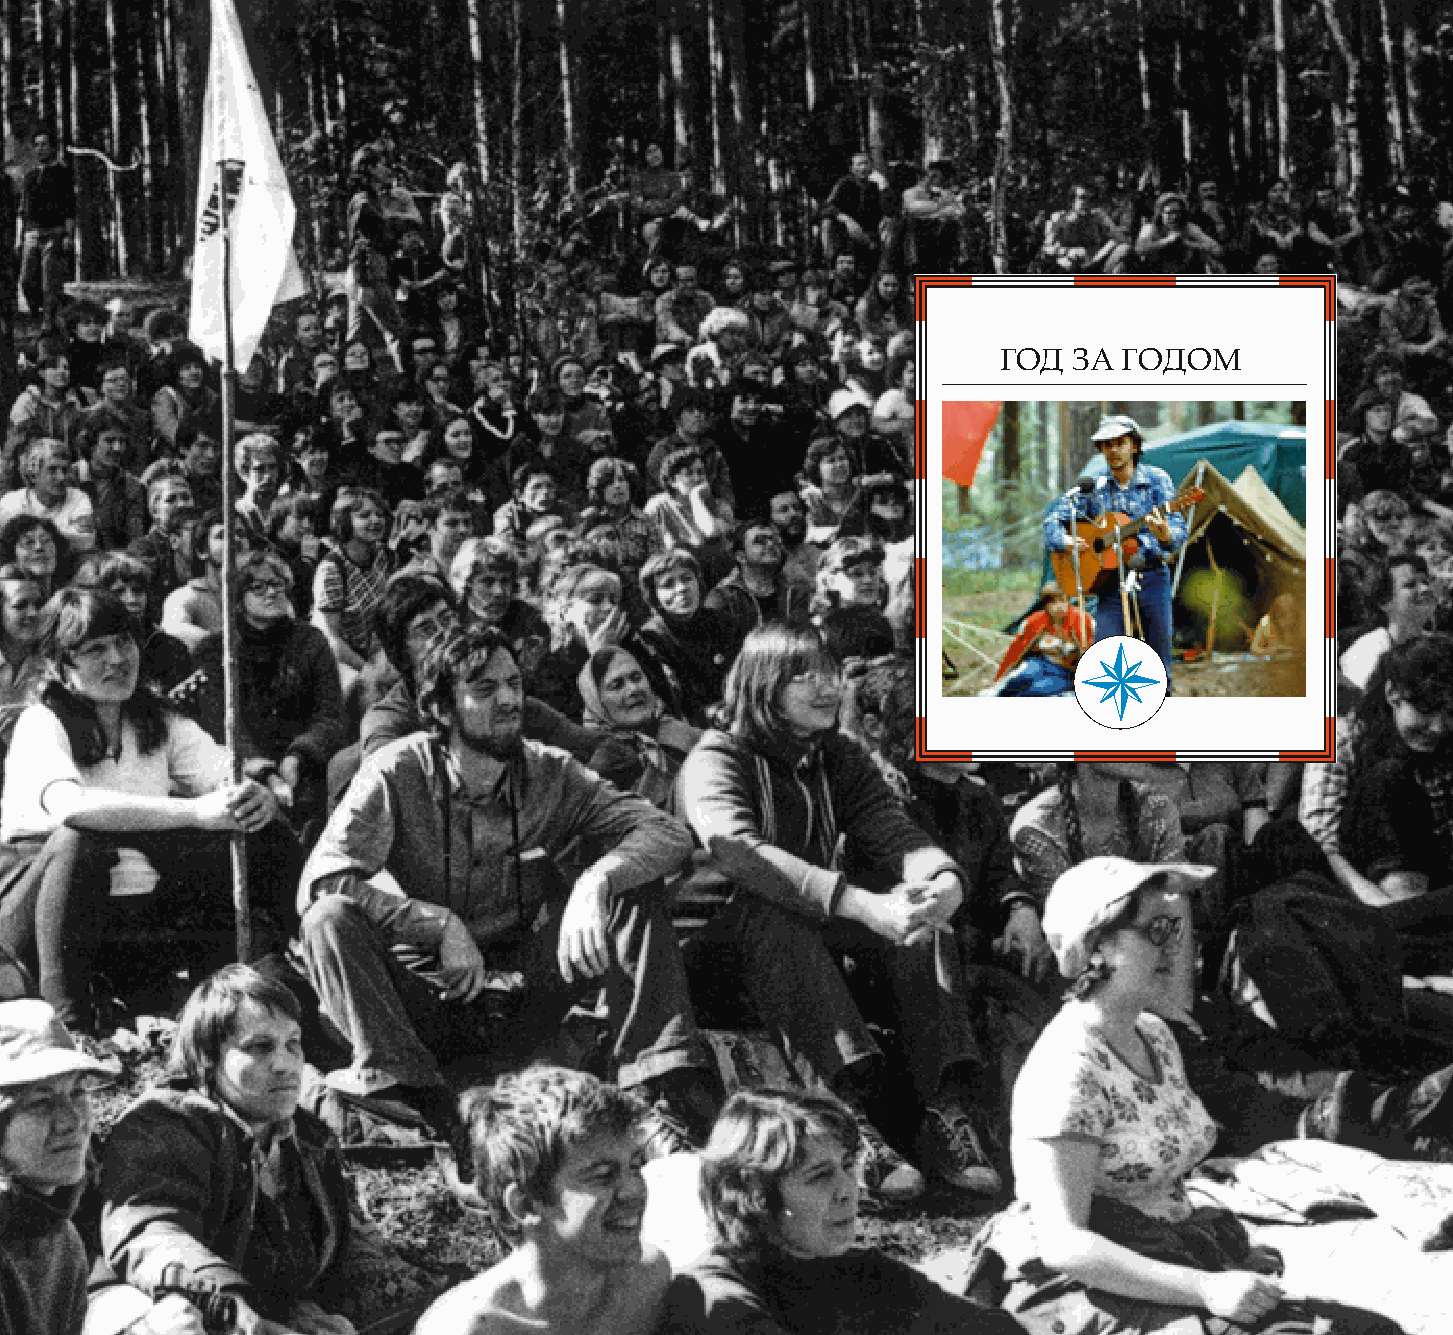
212                                                                                     213
 ГОД  ЗА ГОДОМ